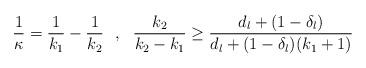
LaTeX: \begin{align*}\frac{1}{\kappa} = \frac{1}{k_{1}} - \frac{1}{k_{2}} \ \ , \ \ \frac{k_2}{k_{2} - k_{1}} \geq\frac{d_{l} + (1-\delta_{l})}{d_{l} + (1-\delta_{l})(k_{1}+1)} \end{align*}